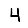
Digit: 4